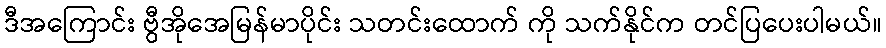
ဒီအကြောင်း ဗွီအိုအေမြန်မာပိုင်း သတင်းထောက် ကို သက်နိုင်က တင်ပြပေးပါမယ်။